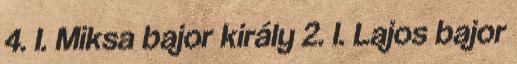
4. I. Miksa bajor király 2. I. Lajos bajor